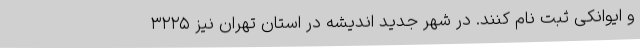
و ایوانکی ثبت نام کنند. در شهر جدید اندیشه در استان تهران نیز ۳۲۲۵